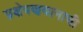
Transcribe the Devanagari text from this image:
प्रक्षेपणयानाची